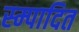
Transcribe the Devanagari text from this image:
स्म्पादित